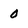
Character: 0